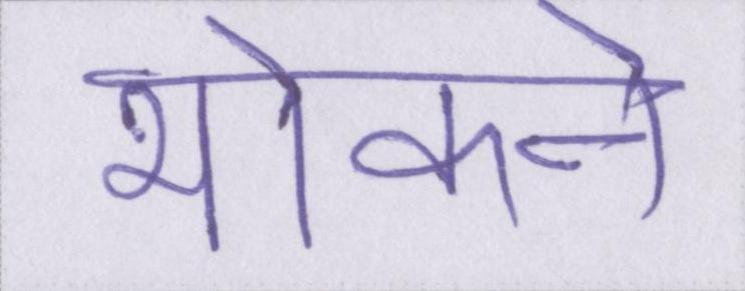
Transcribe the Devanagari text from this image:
भोकने